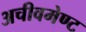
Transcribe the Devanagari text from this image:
अचीवमेण्ट